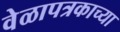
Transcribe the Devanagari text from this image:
वेळापत्रकाच्या